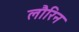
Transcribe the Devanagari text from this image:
लौरिन